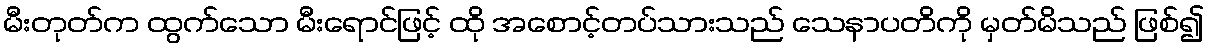
မီးတုတ်က ထွက်သော မီးရောင်ဖြင့် ထို အစောင့်တပ်သားသည် သေနာပတိကို မှတ်မိသည် ဖြစ်၍